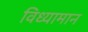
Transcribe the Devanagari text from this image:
विध्यामान